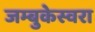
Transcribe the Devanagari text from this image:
जम्बुकेस्वरा